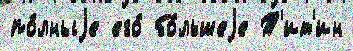
по́лныjе его́ бо́льшеjе Т'ит'ин